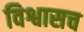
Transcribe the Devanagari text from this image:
विश्वासच